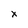
Character: x